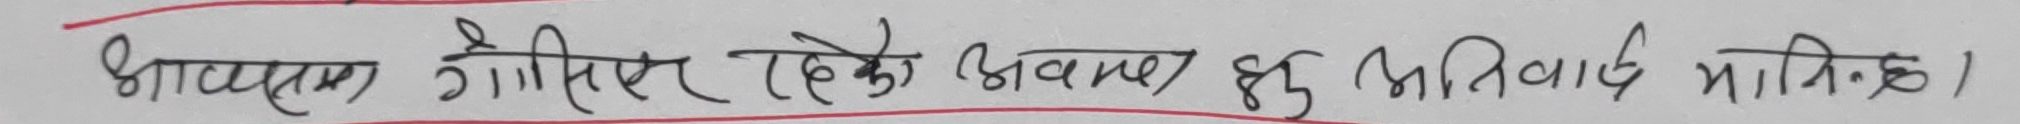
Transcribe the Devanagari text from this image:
भाष्यक्रम गेरिएर रहेको अवज हहु भनिवाद भनिन्छ ।